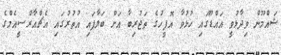
ޝައްމޫން ވިދާޅުވީ އައްޑޫގައި ހުޅުވާ އޮފީހުގެ ތަޖުރިބާ އަށް ބަލާފައި އުތުރުގައި އެޗްއާރްސީއެމްގެ